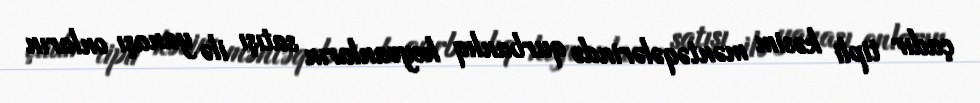
çadır tipli kəsim məntəqələrində qurbanlıq heyvanların satışı ilə yanaşı onların